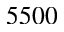
5 5 0 0